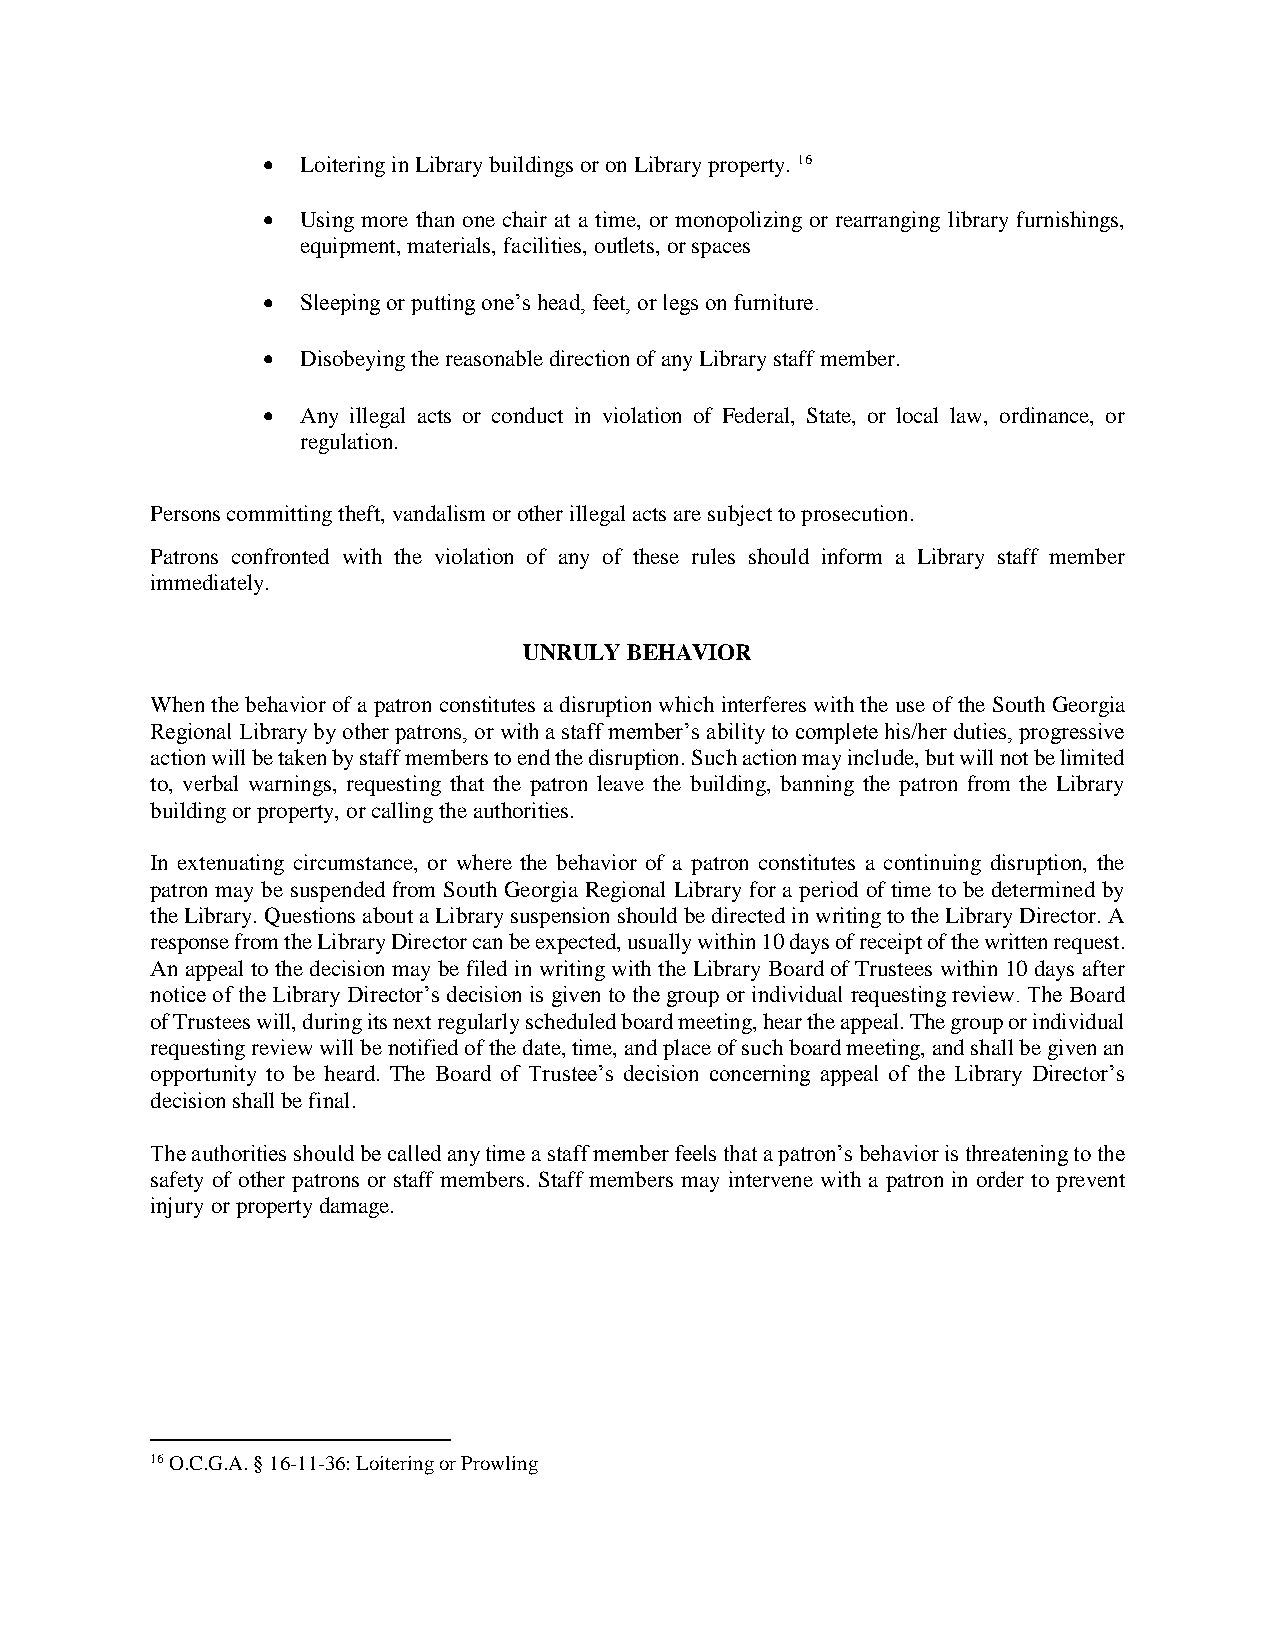
  Loitering in Library buildings or on Library property. 16
   Using more than one chair at a time, or monopolizing or rearranging library furnishings,
 equipment, materials, facilities, outlets, or spaces
   Sleeping or putting one’s head, feet, or legs on furniture.
   Disobeying the reasonable direction of any Library staff member.
   Any illegal acts or conduct in violation of Federal, State, or local law, ordinance, or
 regulation.
 Persons committing theft, vandalism or other illegal acts are subject to prosecution.
 Patrons confronted with the violation of any of these rules should inform a Library staff member
 immediately.
 UNRULY BEHAVIOR
 When the behavior of a patron constitutes a disruption which interferes with the use of the South Georgia
 Regional Library by other patrons, or with a staff member’s ability to complete his/her duties, progressive
 action will be taken by staff members to end the disruption. Such action may include, but will not be limited
 to, verbal warnings, requesting that the patron leave the building, banning the patron from the Library
 building or property, or calling the authorities.
 In extenuating circumstance, or where the behavior of a patron constitutes a continuing disruption, the
 patron may be suspended from South Georgia Regional Library for a period of time to be determined by
 the Library. Questions about a Library suspension should be directed in writing to the Library Director. A
 response from the Library Director can be expected, usually within 10 days of receipt of the written request.
 An appeal to the decision may be filed in writing with the Library Board of Trustees within 10 days after
 notice of the Library Director’s decision is given to the group or individual requesting review. The Board
 of Trustees will, during its next regularly scheduled board meeting, hear the appeal. The group or individual
 requesting review will be notified of the date, time, and place of such board meeting, and shall be given an
 opportunity to be heard. The Board of Trustee’s decision concerning appeal of the Library Director’s
 decision shall be final.
 The authorities should be called any time a staff member feels that a patron’s behavior is threatening to the
 safety of other patrons or staff members. Staff members may intervene with a patron in order to prevent
 injury or property damage.
 16 O.C.G.A. § 16-11-36: Loitering or Prowling